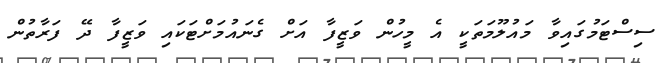
ސިސްޓަމުގައިވާ މައުލޫމަތަކީ އެ މީހުން ވަޒީފާ އަށް ގެނައުމަށްޓަކައި ވަޒީފާ ދޭ ފަރާތުން